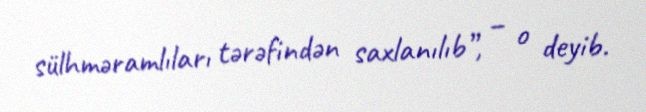
sülhməramlıları tərəfindən saxlanılıb”, – o deyib.